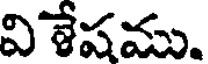
వి శేషము.